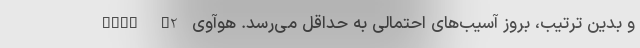
و بدین ترتیب، بروز آسیب‌های احتمالی به حداقل می‌رسد. هوآوی Mate X2